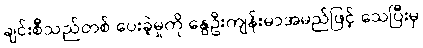
ချင်းစီသည်တစ် ပေးခဲ့မှုကို နွေဦးကျန်းမာအမည်ဖြင့် သေပြီးမှ